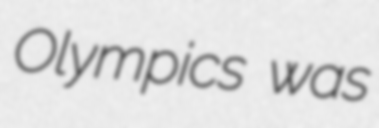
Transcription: Olympics was